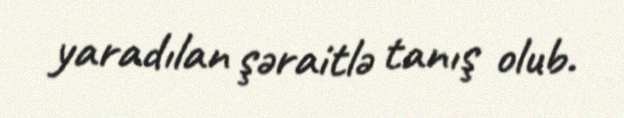
yaradılan şəraitlə tanış olub.